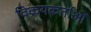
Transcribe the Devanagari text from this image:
विक्रयकर्ताओं